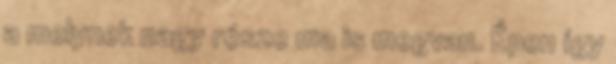
a melynek nagy része ma is megvan. Épen így